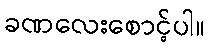
ခဏလေးစောင့်ပါ။